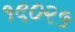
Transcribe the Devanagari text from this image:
१९०२५